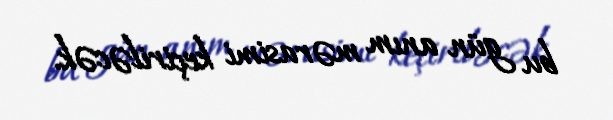
bu gün anım mərasimi keçiriləcək.